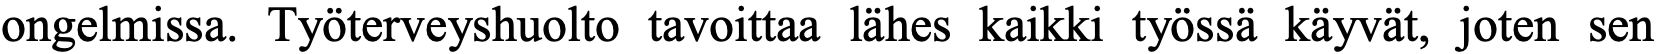
ongelmissa. Työterveyshuolto tavoittaa lähes kaikki työssä käyvät, joten sen